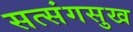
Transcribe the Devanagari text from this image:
सत्संगसुख